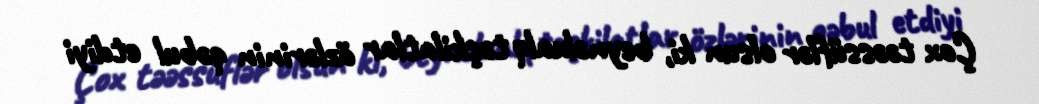
Çox təəssüflər olsun ki, beynəlxalq təşkilatlar özlərinin qəbul etdiyi